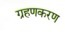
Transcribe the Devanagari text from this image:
ग्रहणकरण